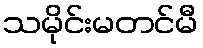
သမိုင်းမတင်မီ